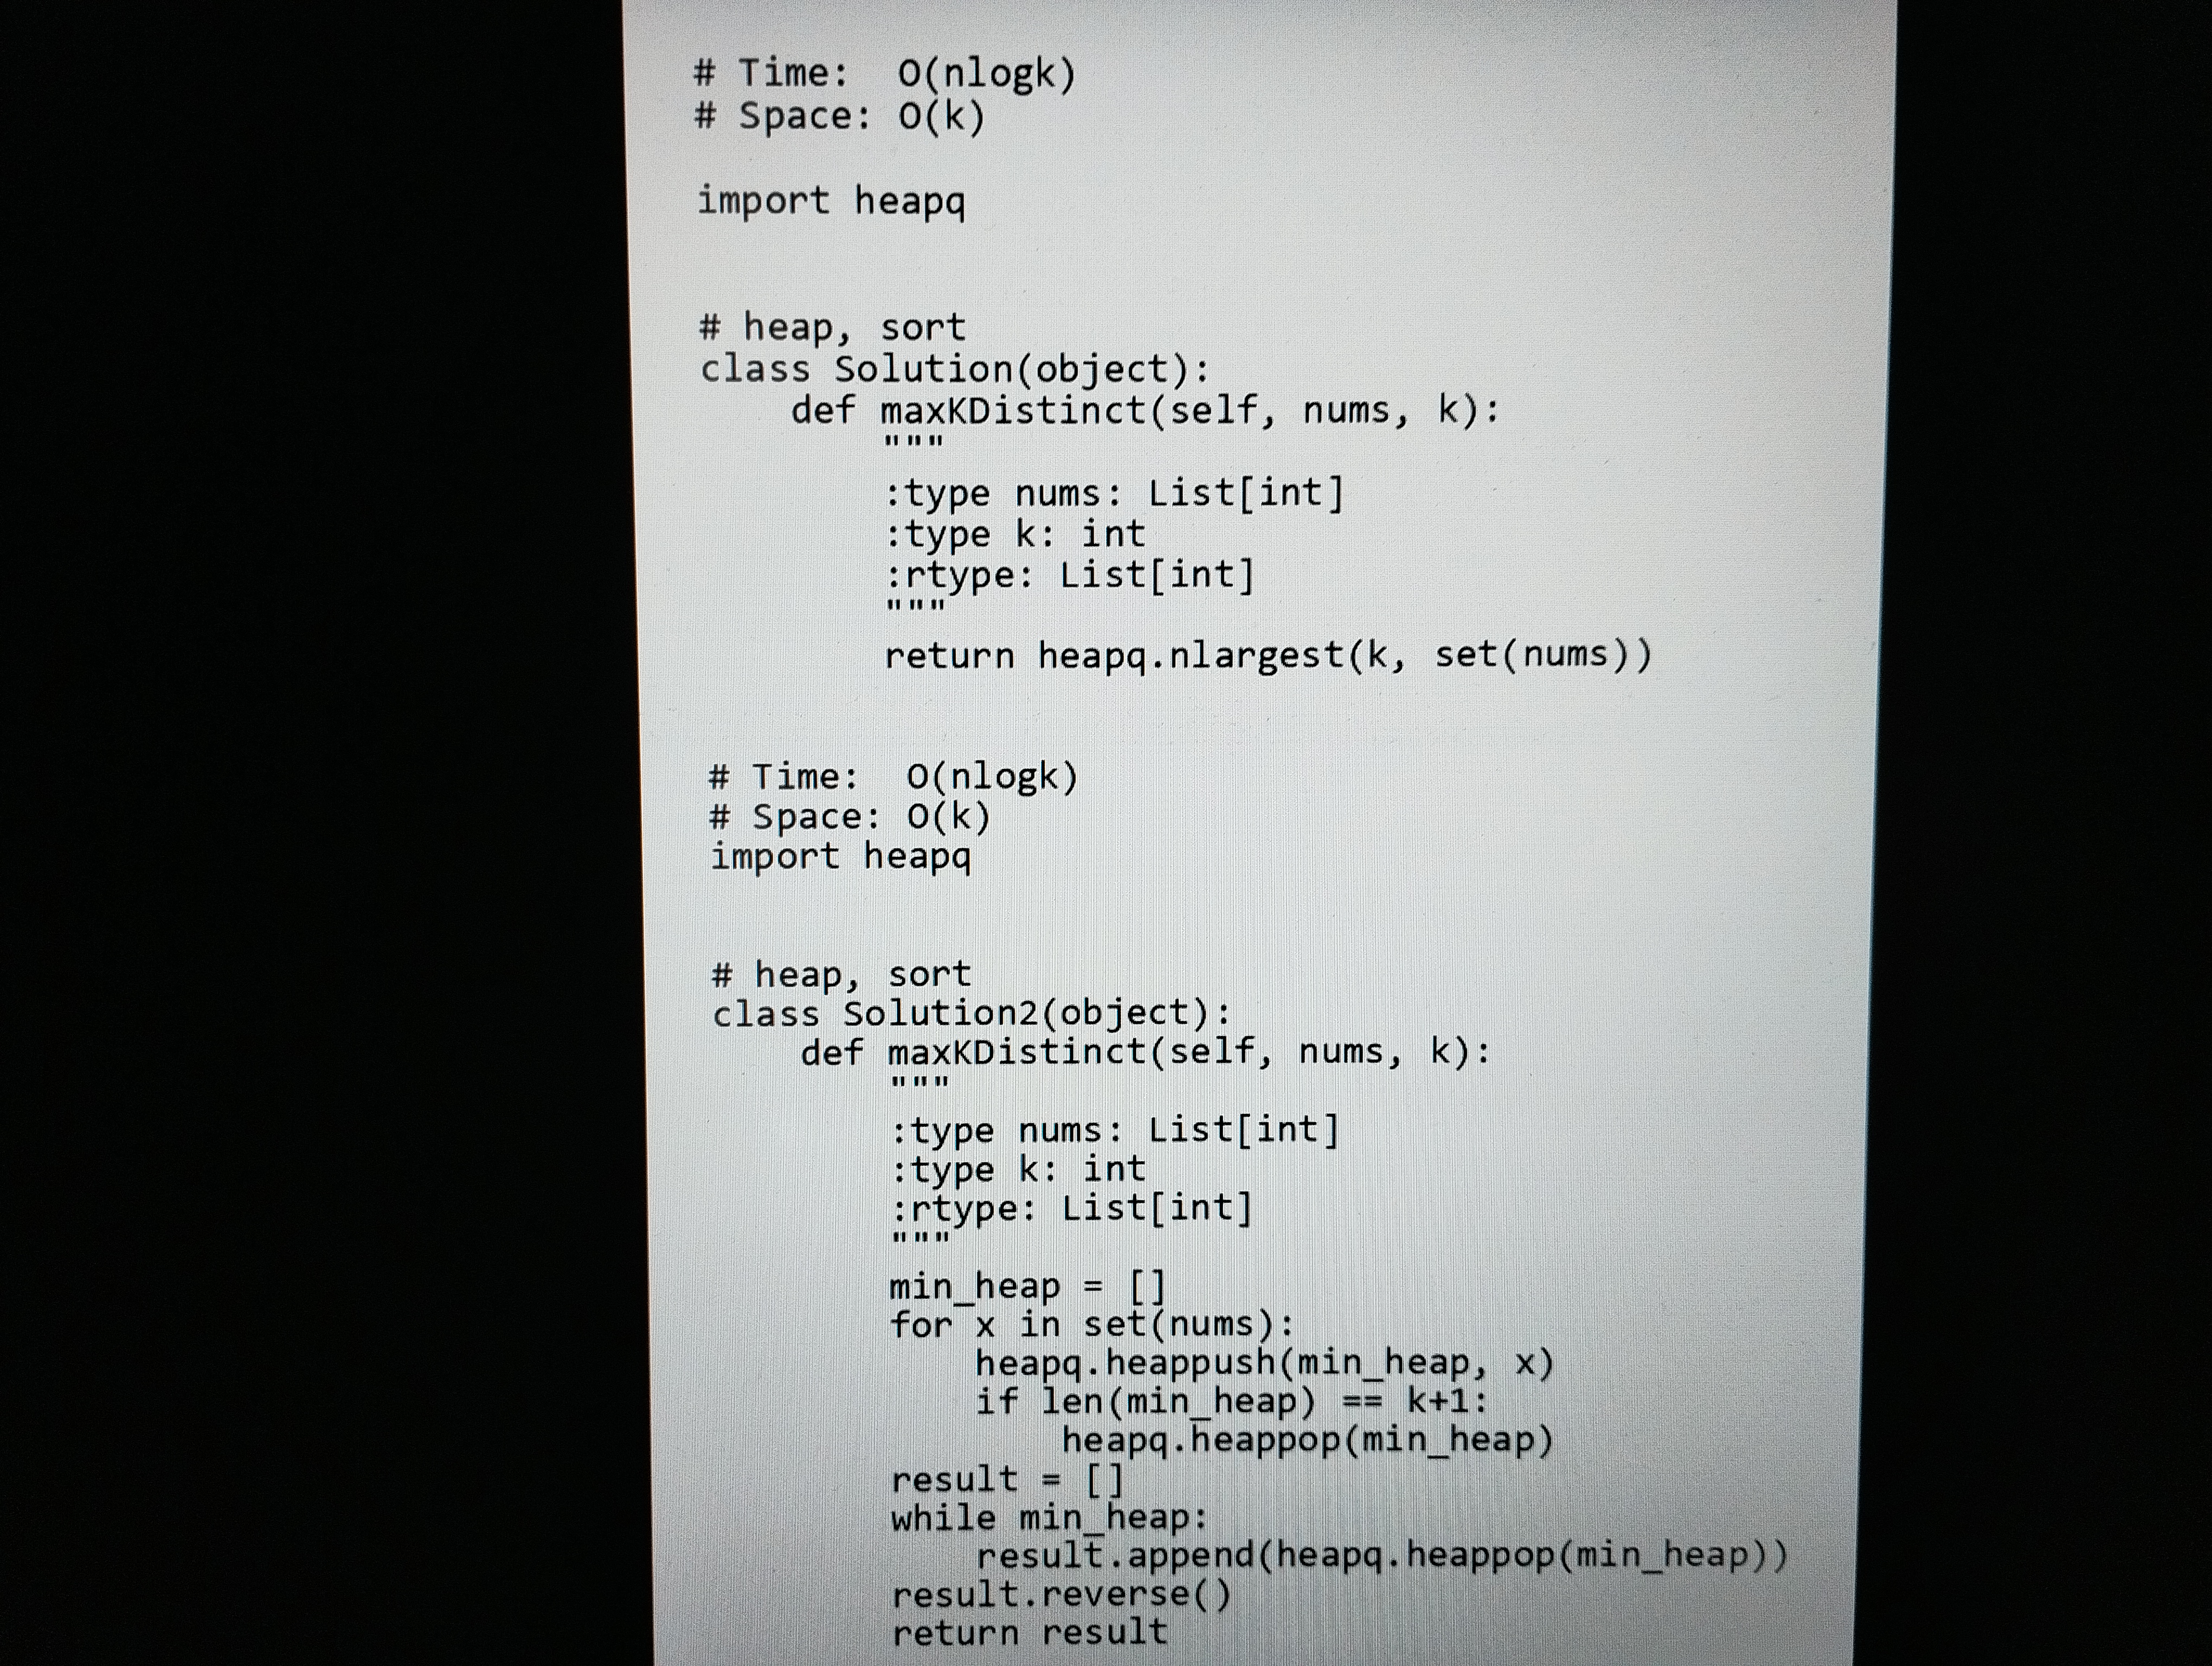
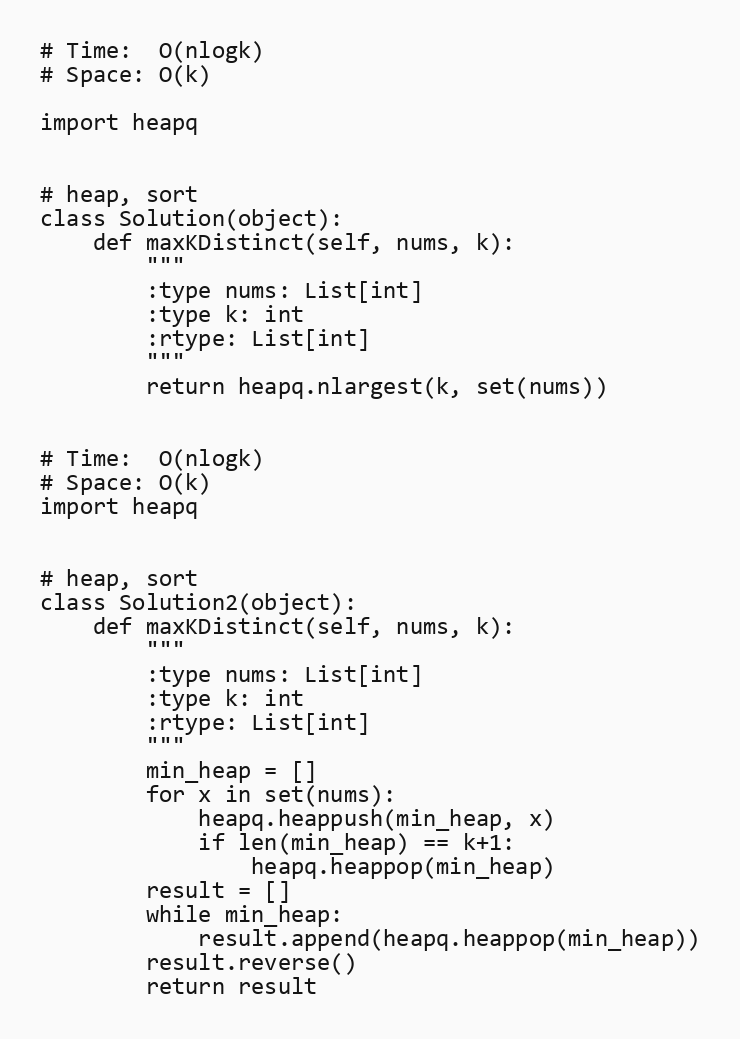
# Time:  O(nlogk)
# Space: O(k)

import heapq

# heap, sort
class Solution(object):
    def maxKDistinct(self, nums, k):
        """
        :type nums: List[int]
        :type k: int
        :rtype: List[int]
        """
        return heapq.nlargest(k, set(nums))

# Time:  O(nlogk)
# Space: O(k)
import heapq

# heap, sort
class Solution2(object):
    def maxKDistinct(self, nums, k):
        """
        :type nums: List[int]
        :type k: int
        :rtype: List[int]
        """
        min_heap = []
        for x in set(nums):
            heapq.heappush(min_heap, x)
            if len(min_heap) == k+1:
                heapq.heappop(min_heap)
        result = []
        while min_heap:
            result.append(heapq.heappop(min_heap))
        result.reverse()
        return result